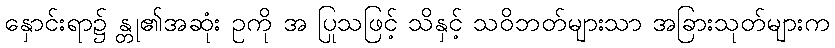
နှောင်းရာ၌ န္တု၏အဆုံး ဥကို အ ပြုသဖြင့် သိနှင့် သဝိဘတ်များသာ အခြားသုတ်များက